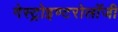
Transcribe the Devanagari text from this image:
गेस्ट्रोइण्टरोलॉजी